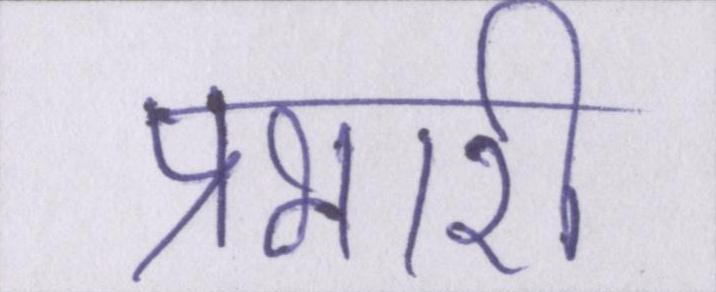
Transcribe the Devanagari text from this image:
प्रभारी